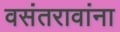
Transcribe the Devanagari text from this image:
वसंतरावांना